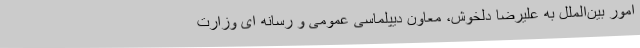
امور بین‌الملل به علیرضا دلخوش، معاون دیپلماسی عمومی و رسانه ای وزارت